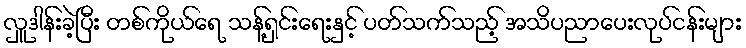
လှူဒါန်းခဲ့ပြီး တစ်ကိုယ်ရေ သန့်ရှင်းရေးနှင့် ပတ်သက်သည့် အသိပညာပေးလုပ်ငန်းများ